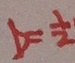
b = \frac { 1 } { 2 }